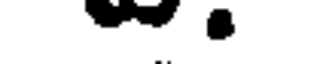
.